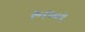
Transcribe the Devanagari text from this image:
३०१७०९